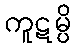
ကူဋမ္ပိ